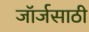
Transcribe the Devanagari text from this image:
जॉर्जसाठी